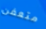
متعفن